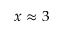
x \approx 3